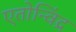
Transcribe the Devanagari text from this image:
एतोन्विंद्र